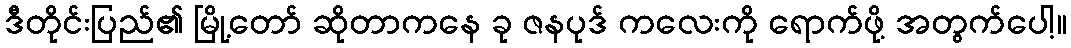
ဒီတိုင်းပြည်၏ မြို့တော် ဆိုတာကနေ ခု ဇနပုဒ် ကလေးကို ရောက်ဖို့ အတွက်ပေါ့။